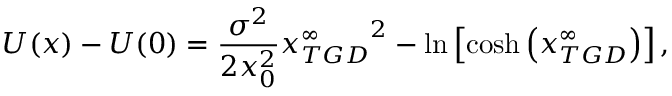
U ( x ) - U ( 0 ) = \frac { \sigma ^ { 2 } } { 2 x _ { 0 } ^ { 2 } } { x _ { T G D } ^ { \infty } } ^ { 2 } - \ln \left[ \cosh \left( x _ { T G D } ^ { \infty } \right) \right] ,